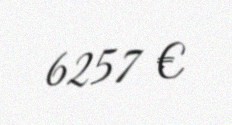
6257 €